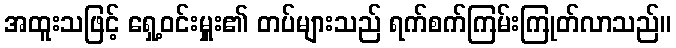
အထူးသဖြင့် ရှေ့ဝင်းမှူး၏ တပ်များသည် ရက်စက်ကြမ်းကြုတ်လာသည်။